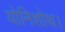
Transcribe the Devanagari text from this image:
योनिशोथ।